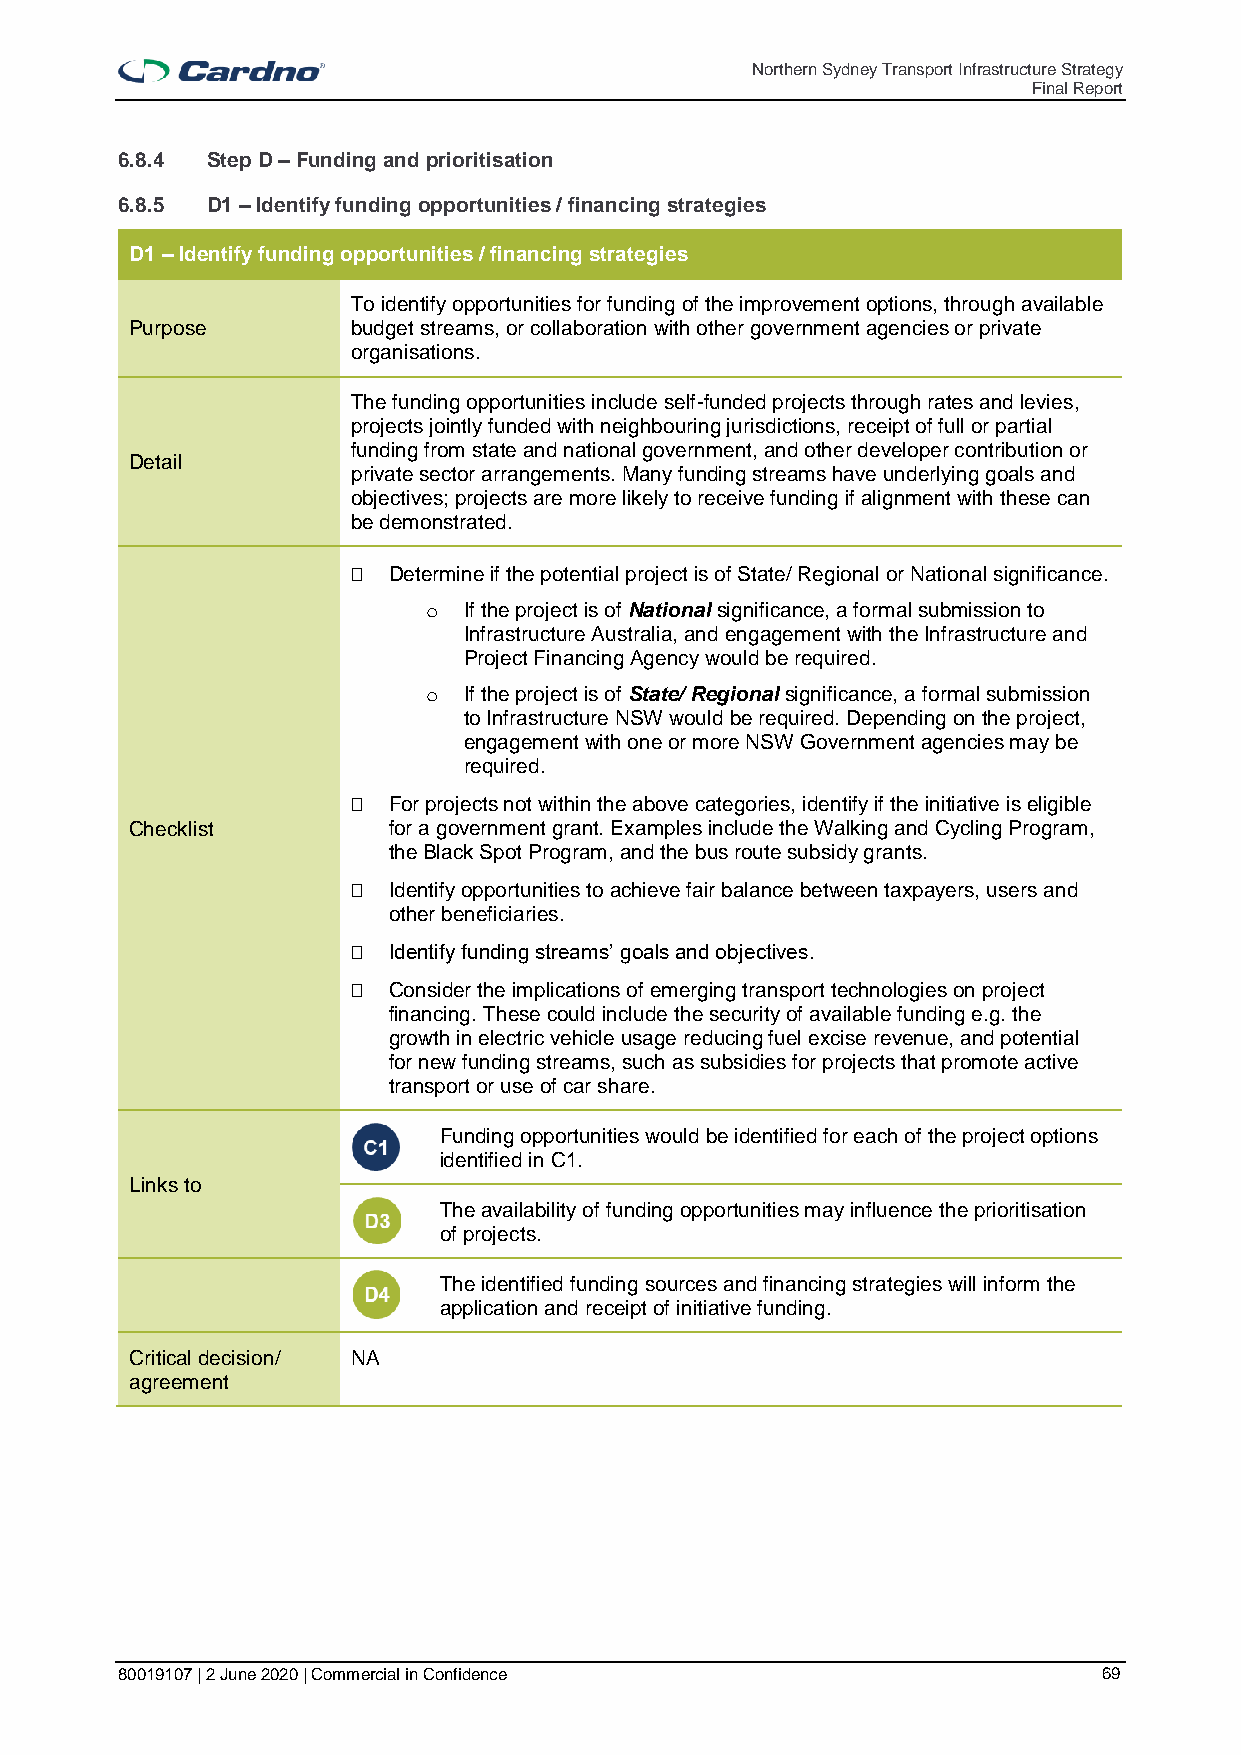
Northern Sydney Transport Infrastructure Strategy
 Final Report
 6.8.4 Step D – Funding and prioritisation
 6.8.5 D1 – Identify funding opportunities / financing strategies
 D1 – Identify funding opportunities / financing strategies
 To identify opportunities for funding of the improvement options, through available
 Purpose       budget streams, or collaboration with other government agencies or private
 organisations.
 The funding opportunities include self-funded projects through rates and levies,
 projects jointly funded with neighbouring jurisdictions, receipt of full or partial
 funding from state and national government, and other developer contribution or
 Detail
 private sector arrangements. Many funding streams have underlying goals and
 objectives; projects are more likely to receive funding if alignment with these can
 be demonstrated.
   Determine if the potential project is of State/ Regional or National significance.
 o  If the project is of National significance, a formal submission to
 Infrastructure Australia, and engagement with the Infrastructure and
 Project Financing Agency would be required.
 o  If the project is of State/ Regional significance, a formal submission
 to Infrastructure NSW would be required. Depending on the project,
 engagement with one or more NSW Government agencies may be
 required.
   For projects not within the above categories, identify if the initiative is eligible
 Checklist        for a government grant. Examples include the Walking and Cycling Program,
 the Black Spot Program, and the bus route subsidy grants.
   Identify opportunities to achieve fair balance between taxpayers, users and
 other beneficiaries.
   Identify funding streams’ goals and objectives.
   Consider the implications of emerging transport technologies on project
 financing. These could include the security of available funding e.g. the
 growth in electric vehicle usage reducing fuel excise revenue, and potential
 for new funding streams, such as subsidies for projects that promote active
 transport or use of car share.
 Funding opportunities would be identified for each of the project options
 identified in C1.
 Links to
 The availability of funding opportunities may influence the prioritisation
 of projects.
 The identified funding sources and financing strategies will inform the
 application and receipt of initiative funding.
 Critical decision/ NA
 agreement
 80019107 | 2 June 2020 | Commercial in Confidence                69